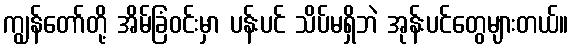
ကျွန်တော်တို့ အိမ်ခြံဝင်းမှာ ပန်းပင် သိပ်မရှိဘဲ အုန်းပင်တွေများတယ်။